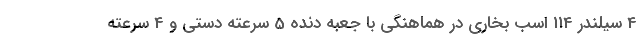
4 سیلندر 114 اسب بخاری در هماهنگی با جعبه دنده 5 سرعته دستی و 4 سرعته